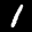
Label: 1